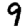
Digit: 9